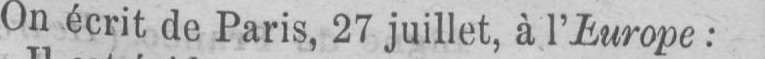
On écrit de Paris, 27 juillet, à l’Europe: